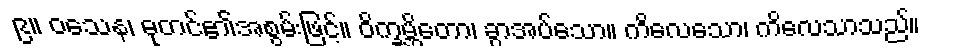
၉။ ဝသေန၊ ဓုတင်၏အစွမ်းဖြင့်။ ဝိက္ခမ္ဘိတော၊ ခွာအပ်သော။ ကိလေသော၊ ကိလေသာသည်။